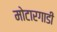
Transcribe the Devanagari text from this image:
मोटारगाडी